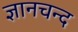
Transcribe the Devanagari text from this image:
ज्ञानचन्द